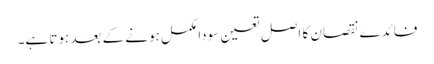
فائدے نقصان کا اصل تعین سودا مکمل ہونے کے بعد ہوتا ہے۔